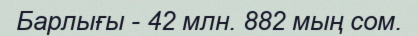
Барлығы - 42 млн. 882 мың сом.